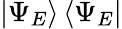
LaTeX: \left|\Psi_{E}\right\rangle\left\langle\Psi_{E}\right|